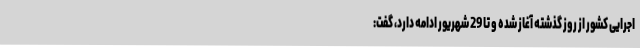
اجرایی کشور از روز گذشته آغاز شده و تا 29 شهریور ادامه دارد، گفت: